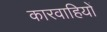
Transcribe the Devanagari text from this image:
कारवाहियों